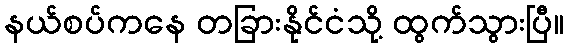
နယ်စပ်ကနေ တခြားနိုင်ငံသို့ ထွက်သွားပြီ။